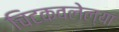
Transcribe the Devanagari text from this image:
चिटकवलेल्या